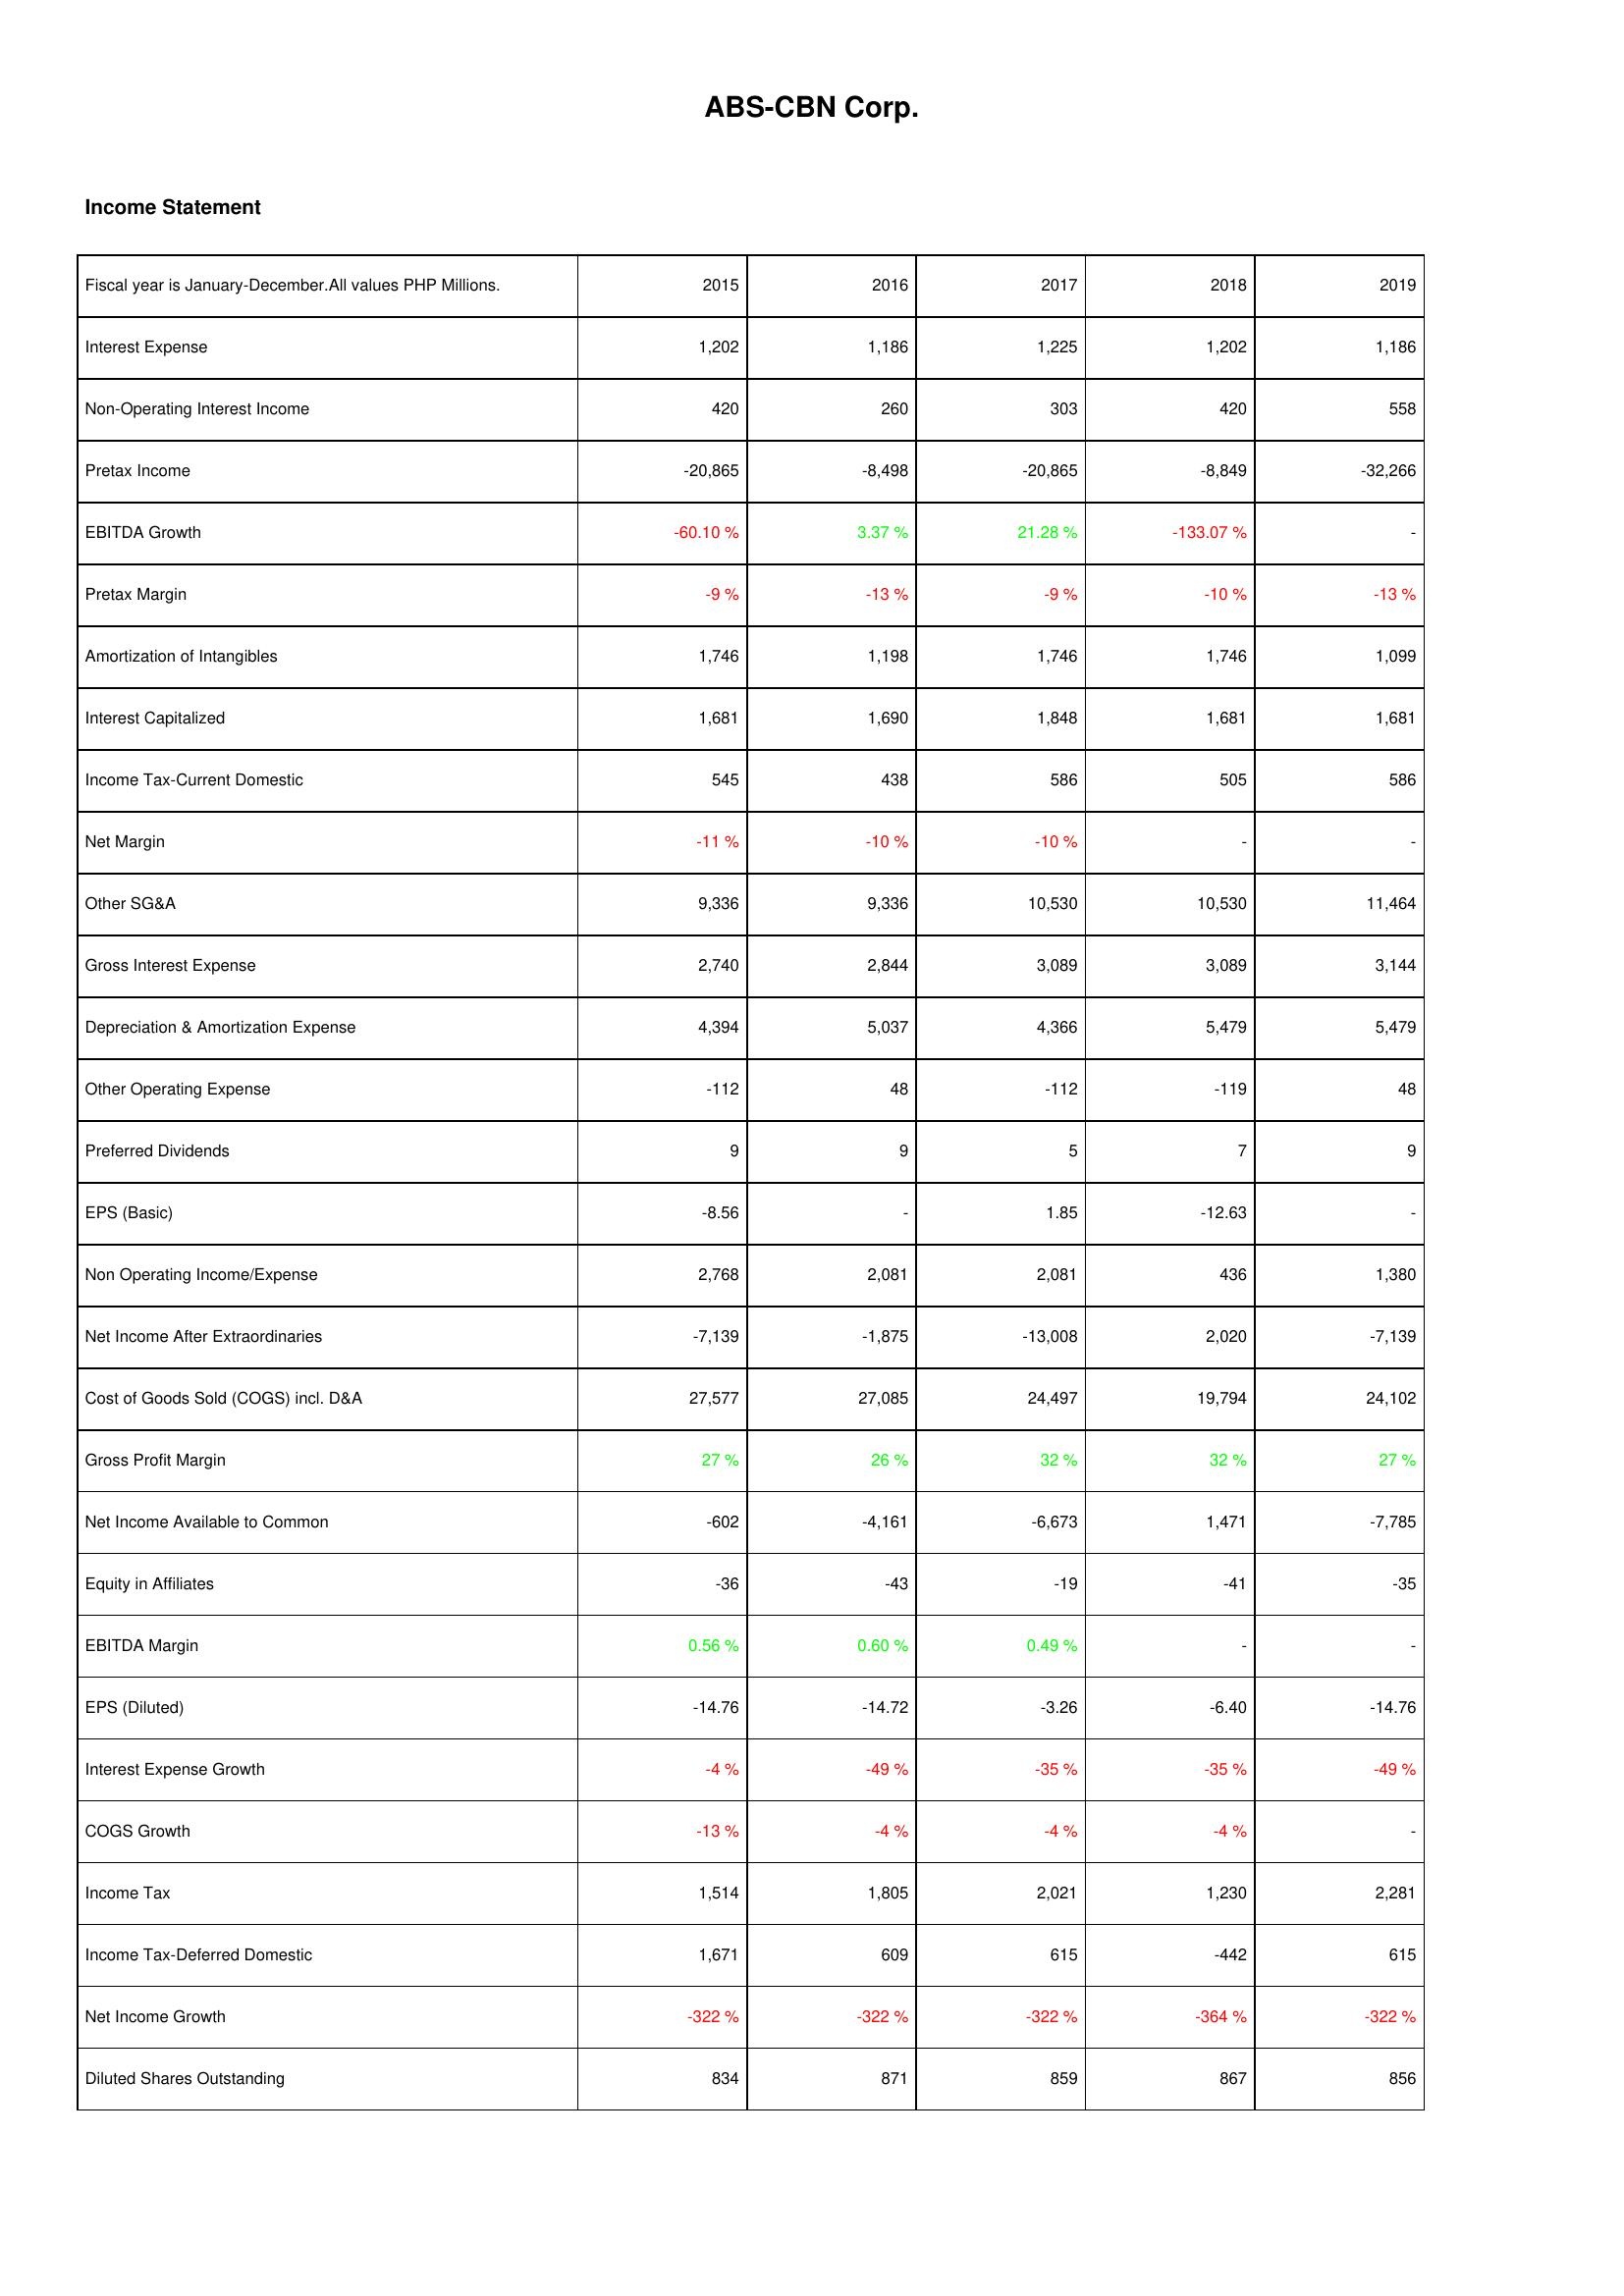
2015: Income Statement: Interest Expense: 1,202
Non-Operating Interest Income: 420
Pretax Income: -20,865
EBITDA Growth: -60.10 %
Pretax Margin: -9 %
Amortization of Intangibles: 1,746
Interest Capitalized: 1,681
Income Tax-Current Domestic: 545
Net Margin: -11 %
Other SG&A: 9,336
Gross Interest Expense: 2,740
Depreciation & Amortization Expense: 4,394
Other Operating Expense: -112
Preferred Dividends: 9
EPS (Basic): -8.56
Non Operating Income/Expense: 2,768
Net Income After Extraordinaries: -7,139
Cost of Goods Sold (COGS) incl. D&A: 27,577
Gross Profit Margin: 27 %
Net Income Available to Common: -602
Equity in Affiliates: -36
EBITDA Margin: 0.56 %
EPS (Diluted): -14.76
Interest Expense Growth: -4 %
COGS Growth: -13 %
Income Tax: 1,514
Income Tax-Deferred Domestic: 1,671
Net Income Growth: -322 %
Diluted Shares Outstanding: 834
2016: Income Statement: Interest Expense: 1,186
Non-Operating Interest Income: 260
Pretax Income: -8,498
EBITDA Growth: 3.37 %
Pretax Margin: -13 %
Amortization of Intangibles: 1,198
Interest Capitalized: 1,690
Income Tax-Current Domestic: 438
Net Margin: -10 %
Other SG&A: 9,336
Gross Interest Expense: 2,844
Depreciation & Amortization Expense: 5,037
Other Operating Expense: 48
Preferred Dividends: 9
EPS (Basic): -
Non Operating Income/Expense: 2,081
Net Income After Extraordinaries: -1,875
Cost of Goods Sold (COGS) incl. D&A: 27,085
Gross Profit Margin: 26 %
Net Income Available to Common: -4,161
Equity in Affiliates: -43
EBITDA Margin: 0.60 %
EPS (Diluted): -14.72
Interest Expense Growth: -49 %
COGS Growth: -4 %
Income Tax: 1,805
Income Tax-Deferred Domestic: 609
Net Income Growth: -322 %
Diluted Shares Outstanding: 871
2017: Income Statement: Interest Expense: 1,225
Non-Operating Interest Income: 303
Pretax Income: -20,865
EBITDA Growth: 21.28 %
Pretax Margin: -9 %
Amortization of Intangibles: 1,746
Interest Capitalized: 1,848
Income Tax-Current Domestic: 586
Net Margin: -10 %
Other SG&A: 10,530
Gross Interest Expense: 3,089
Depreciation & Amortization Expense: 4,366
Other Operating Expense: -112
Preferred Dividends: 5
EPS (Basic): 1.85
Non Operating Income/Expense: 2,081
Net Income After Extraordinaries: -13,008
Cost of Goods Sold (COGS) incl. D&A: 24,497
Gross Profit Margin: 32 %
Net Income Available to Common: -6,673
Equity in Affiliates: -19
EBITDA Margin: 0.49 %
EPS (Diluted): -3.26
Interest Expense Growth: -35 %
COGS Growth: -4 %
Income Tax: 2,021
Income Tax-Deferred Domestic: 615
Net Income Growth: -322 %
Diluted Shares Outstanding: 859
2018: Income Statement: Interest Expense: 1,202
Non-Operating Interest Income: 420
Pretax Income: -8,849
EBITDA Growth: -133.07 %
Pretax Margin: -10 %
Amortization of Intangibles: 1,746
Interest Capitalized: 1,681
Income Tax-Current Domestic: 505
Net Margin: -
Other SG&A: 10,530
Gross Interest Expense: 3,089
Depreciation & Amortization Expense: 5,479
Other Operating Expense: -119
Preferred Dividends: 7
EPS (Basic): -12.63
Non Operating Income/Expense: 436
Net Income After Extraordinaries: 2,020
Cost of Goods Sold (COGS) incl. D&A: 19,794
Gross Profit Margin: 32 %
Net Income Available to Common: 1,471
Equity in Affiliates: -41
EBITDA Margin: -
EPS (Diluted): -6.40
Interest Expense Growth: -35 %
COGS Growth: -4 %
Income Tax: 1,230
Income Tax-Deferred Domestic: -442
Net Income Growth: -364 %
Diluted Shares Outstanding: 867
2019: Income Statement: Interest Expense: 1,186
Non-Operating Interest Income: 558
Pretax Income: -32,266
EBITDA Growth: -
Pretax Margin: -13 %
Amortization of Intangibles: 1,099
Interest Capitalized: 1,681
Income Tax-Current Domestic: 586
Net Margin: -
Other SG&A: 11,464
Gross Interest Expense: 3,144
Depreciation & Amortization Expense: 5,479
Other Operating Expense: 48
Preferred Dividends: 9
EPS (Basic): -
Non Operating Income/Expense: 1,380
Net Income After Extraordinaries: -7,139
Cost of Goods Sold (COGS) incl. D&A: 24,102
Gross Profit Margin: 27 %
Net Income Available to Common: -7,785
Equity in Affiliates: -35
EBITDA Margin: -
EPS (Diluted): -14.76
Interest Expense Growth: -49 %
COGS Growth: -
Income Tax: 2,281
Income Tax-Deferred Domestic: 615
Net Income Growth: -322 %
Diluted Shares Outstanding: 856